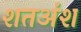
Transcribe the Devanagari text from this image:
शतअंश